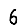
Digit: 6